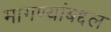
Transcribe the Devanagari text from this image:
मागण्यांबद्दल